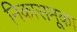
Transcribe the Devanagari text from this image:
निकासमूका